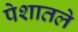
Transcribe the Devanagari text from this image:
पेशातले